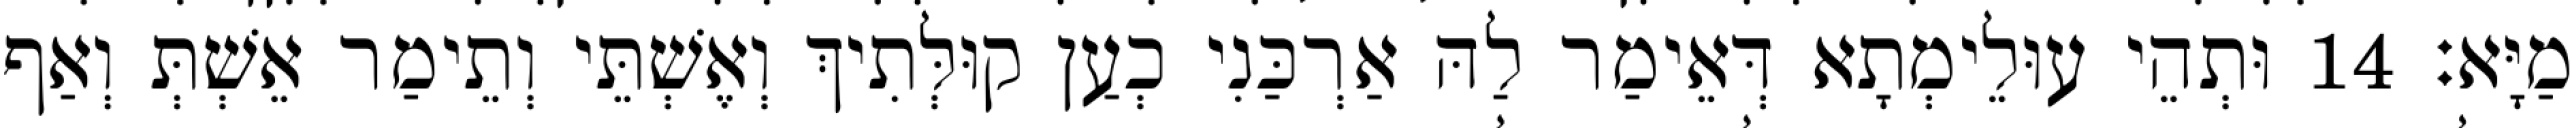
מַיָּא׃ 14 וּתְהֵי עוּלֵימְתָא דְּאֵימַר לַהּ אַרְכַּנִי כְעַן קוּלְּתִיךְ וְאֶשְׁתֵּי וְתֵימַר אֵשְׁתְּ וְאַף